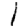
Digit: 1